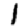
Digit: 1